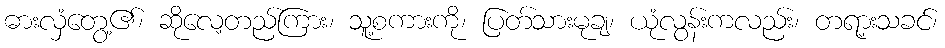
ဓားလှံတွေ့၏၊ ဆိုလေ့တည်ကြား၊ သူ့စကားကို၊ ပြတ်သားမုချ၊ ယုံလွန်းကလည်း၊ တရာ့းသခင်၊